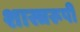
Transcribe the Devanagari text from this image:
शास्त्ररूपी